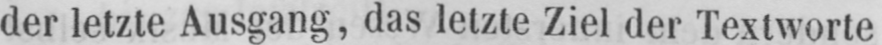
der letzte Ausgang, das letzte Ziel der Textworte